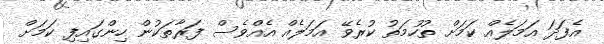
އެފަދަ އަމަލެއް ކަމަށް ތުހުމަތު ކުރެވޭ އަމަލެއް އެއްވެސް ފަރާތަކުން ހިންގައިފި ކަމަށް